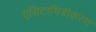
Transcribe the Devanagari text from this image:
एसिटामिडीकरण